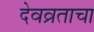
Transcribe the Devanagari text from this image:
देवव्रताचा